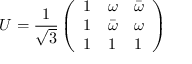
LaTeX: U = \frac { 1 } { \sqrt { 3 } } \left( \begin{array} { l l l } { { 1 } } & { { \omega } } & { { \bar { \omega } } } \\ { { 1 } } & { { \bar { \omega } } } & { { \omega } } \\ { { 1 } } & { { 1 } } & { { 1 } } \end{array} \right)